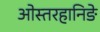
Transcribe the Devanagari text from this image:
ओस्तरहानिङे